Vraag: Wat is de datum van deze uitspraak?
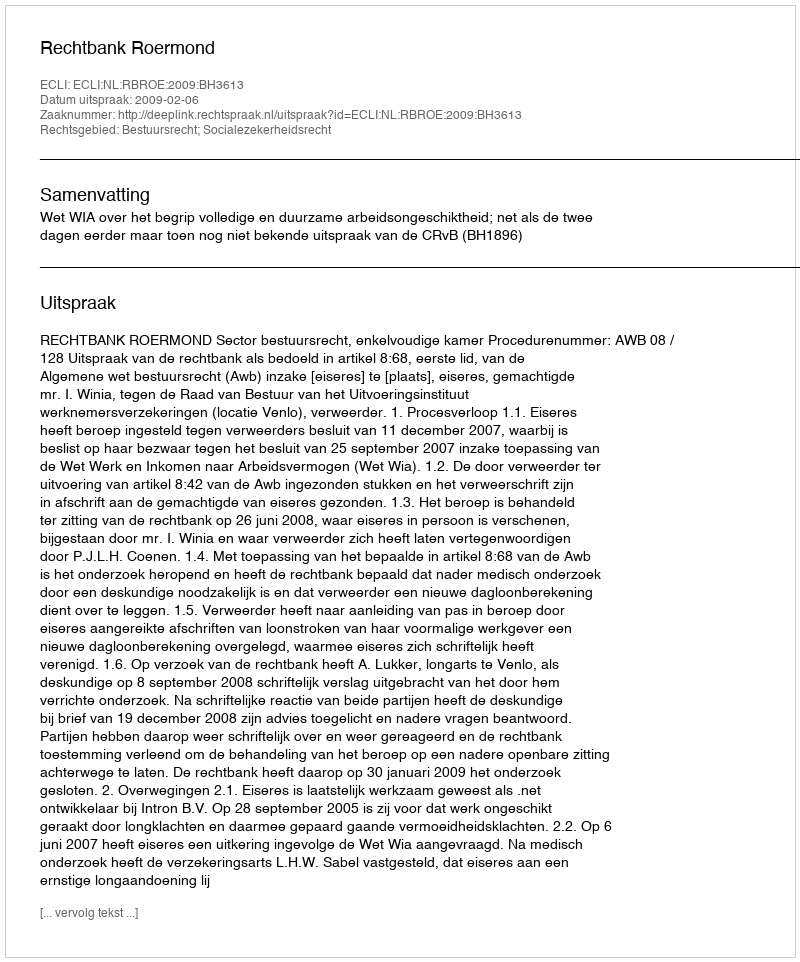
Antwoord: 2009-02-06